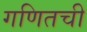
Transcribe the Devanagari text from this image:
गणितची